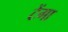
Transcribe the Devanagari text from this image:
टेंगा